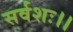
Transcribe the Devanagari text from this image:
सर्वशः।।